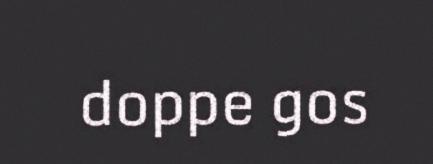
doppe gos